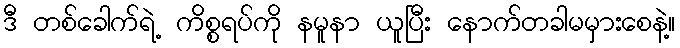
ဒီ တစ်ခေါက်ရဲ့ ကိစ္စရပ်ကို နမူနာ ယူပြီး နောက်တခါမမှားစေနဲ့။